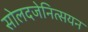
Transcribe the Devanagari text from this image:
सोलदजेनित्सयन